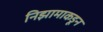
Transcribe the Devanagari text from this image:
निझामाकडून